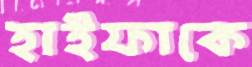
হাইফাকে